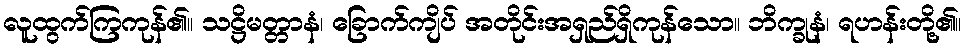
လူထွက်ကြကုန်၏။ သဋ္ဌိမတ္တာနံ၊ ခြောက်ကျိပ် အတိုင်းအရှည်ရှိကုန်သော။ ဘိက္ခုနံ၊ ရဟန်းတို့၏။